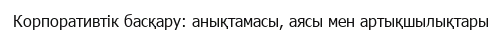
Корпоративтік басқару: анықтамасы, аясы мен артықшылықтары